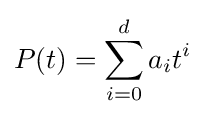
P(t)=\sum _{i=0}^{d}a_{i}t^{i}